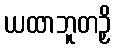
ယထာဘူတဉှိ